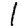
Digit: 1